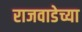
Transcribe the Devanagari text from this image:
राजवाडेच्या